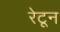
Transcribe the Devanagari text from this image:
रेटून